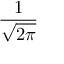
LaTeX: \frac { 1 } { \sqrt { 2 \pi } }